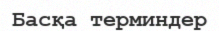
Басқа терминдер